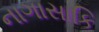
નાગાસાકિ